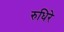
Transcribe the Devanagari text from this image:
रुधिरे